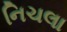
નિચલા